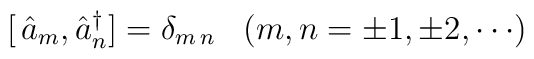
[ \, \hat{a}_m , \hat{a}_n^\dagger ] = \delta_{ m \, n }	\;\;\;	( m , n = \pm 1 , \pm 2 , \cdots )